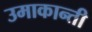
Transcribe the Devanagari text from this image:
उमाकान्‍ती